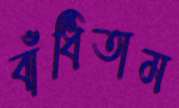
বাঁধিতাম